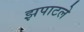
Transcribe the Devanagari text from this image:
झपाटले